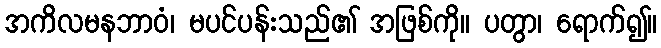
အကိလမနဘာဝံ၊ မပင်ပန်းသည်၏ အဖြစ်ကို။ ပတွာ၊ ရောက်၍။